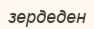
зердеден